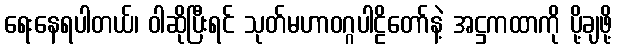
ရေးနေရပါတယ်၊ ဝါဆိုပြီးရင် သုတ်မဟာဝဂ္ဂပါဠိတော်နဲ့ အဋ္ဌကထာကို ပို့ချဖို့